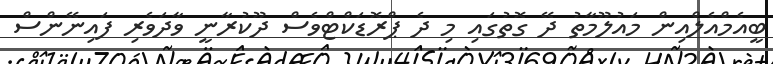
ބީއެމްއެލްއިން މައުލޫމާތު ދޭ ގޮތުގައި މި ދެ ޕްރޮޑަކްޓްވެސް ދޫކުރާނީ ވާދަވެރި ފައިނޭންސް